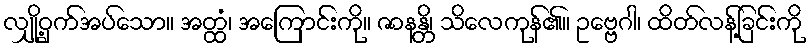
လျှို့ဝှက်အပ်သော။ အတ္ထံ၊ အကြောင်းကို။ ဇာနန္တိ၊ သိလေကုန်၏။ ဥဗ္ဗေဂါ၊ ထိတ်လန့်ခြင်းကို